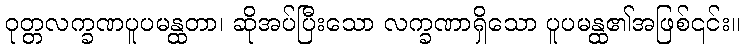
ဝုတ္တလက္ခဏပူပမန္ထတာ၊ ဆိုအပ်ပြီးသော လက္ခဏာရှိသော ပူပမန္ထ၏အဖြစ်၎င်း။